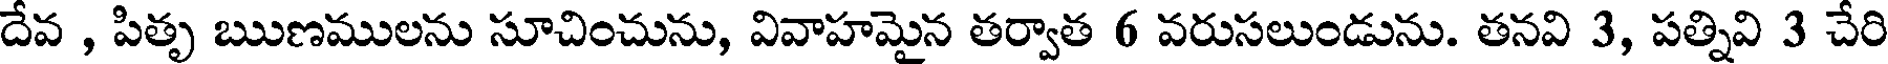
దేవ , పితృ ఋణములను సూచించును, వివాహమైన తర్వాత 6 వరుసలుండును. తనవి 3, పత్నివి 3 చేరి